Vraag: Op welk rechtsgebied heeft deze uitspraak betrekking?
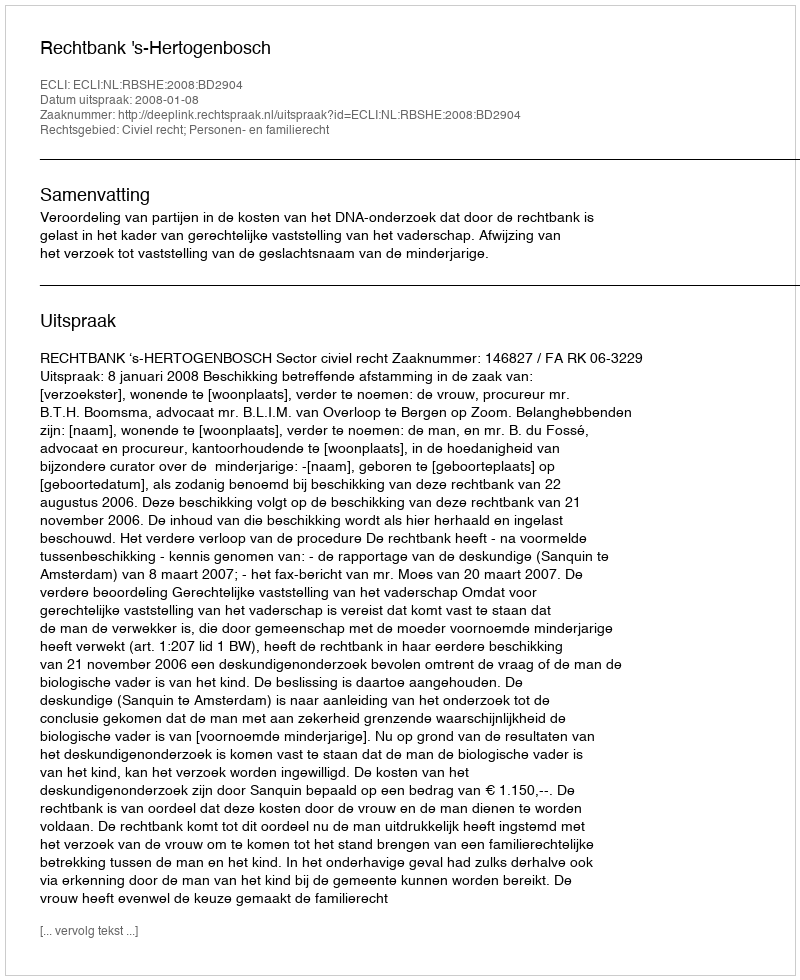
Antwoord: Civiel recht; Personen- en familierecht